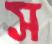
স